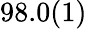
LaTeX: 98.0(1)\